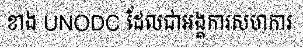
ខាង UNODC ដែលជាអង្គការសហការ